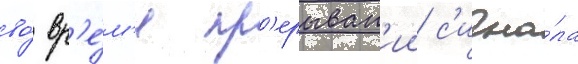
во́ вр'е́м'я пр'ерыван'ии с'игна́ла